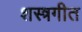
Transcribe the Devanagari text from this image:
शस्त्रगीत